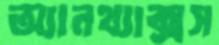
অ্যানথ্যাক্সস